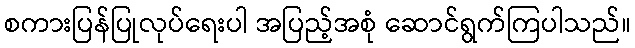
စကားပြန်ပြုလုပ်ရေးပါ အပြည့်အစုံ ဆောင်ရွက်ကြပါသည်။